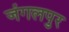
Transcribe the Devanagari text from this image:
जंगलपुर